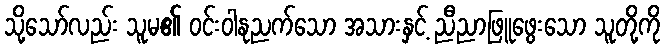
သို့သော်လည်း သူမ၏ ဝင်းဝါနုညက်သော အသားနှင့် ညီညာဖြူဖွေးသော သူတို့ကို